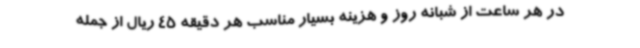
در هر ساعت از شبانه روز و هزینه بسیار مناسب هر دقیقه 45 ریال از جمله